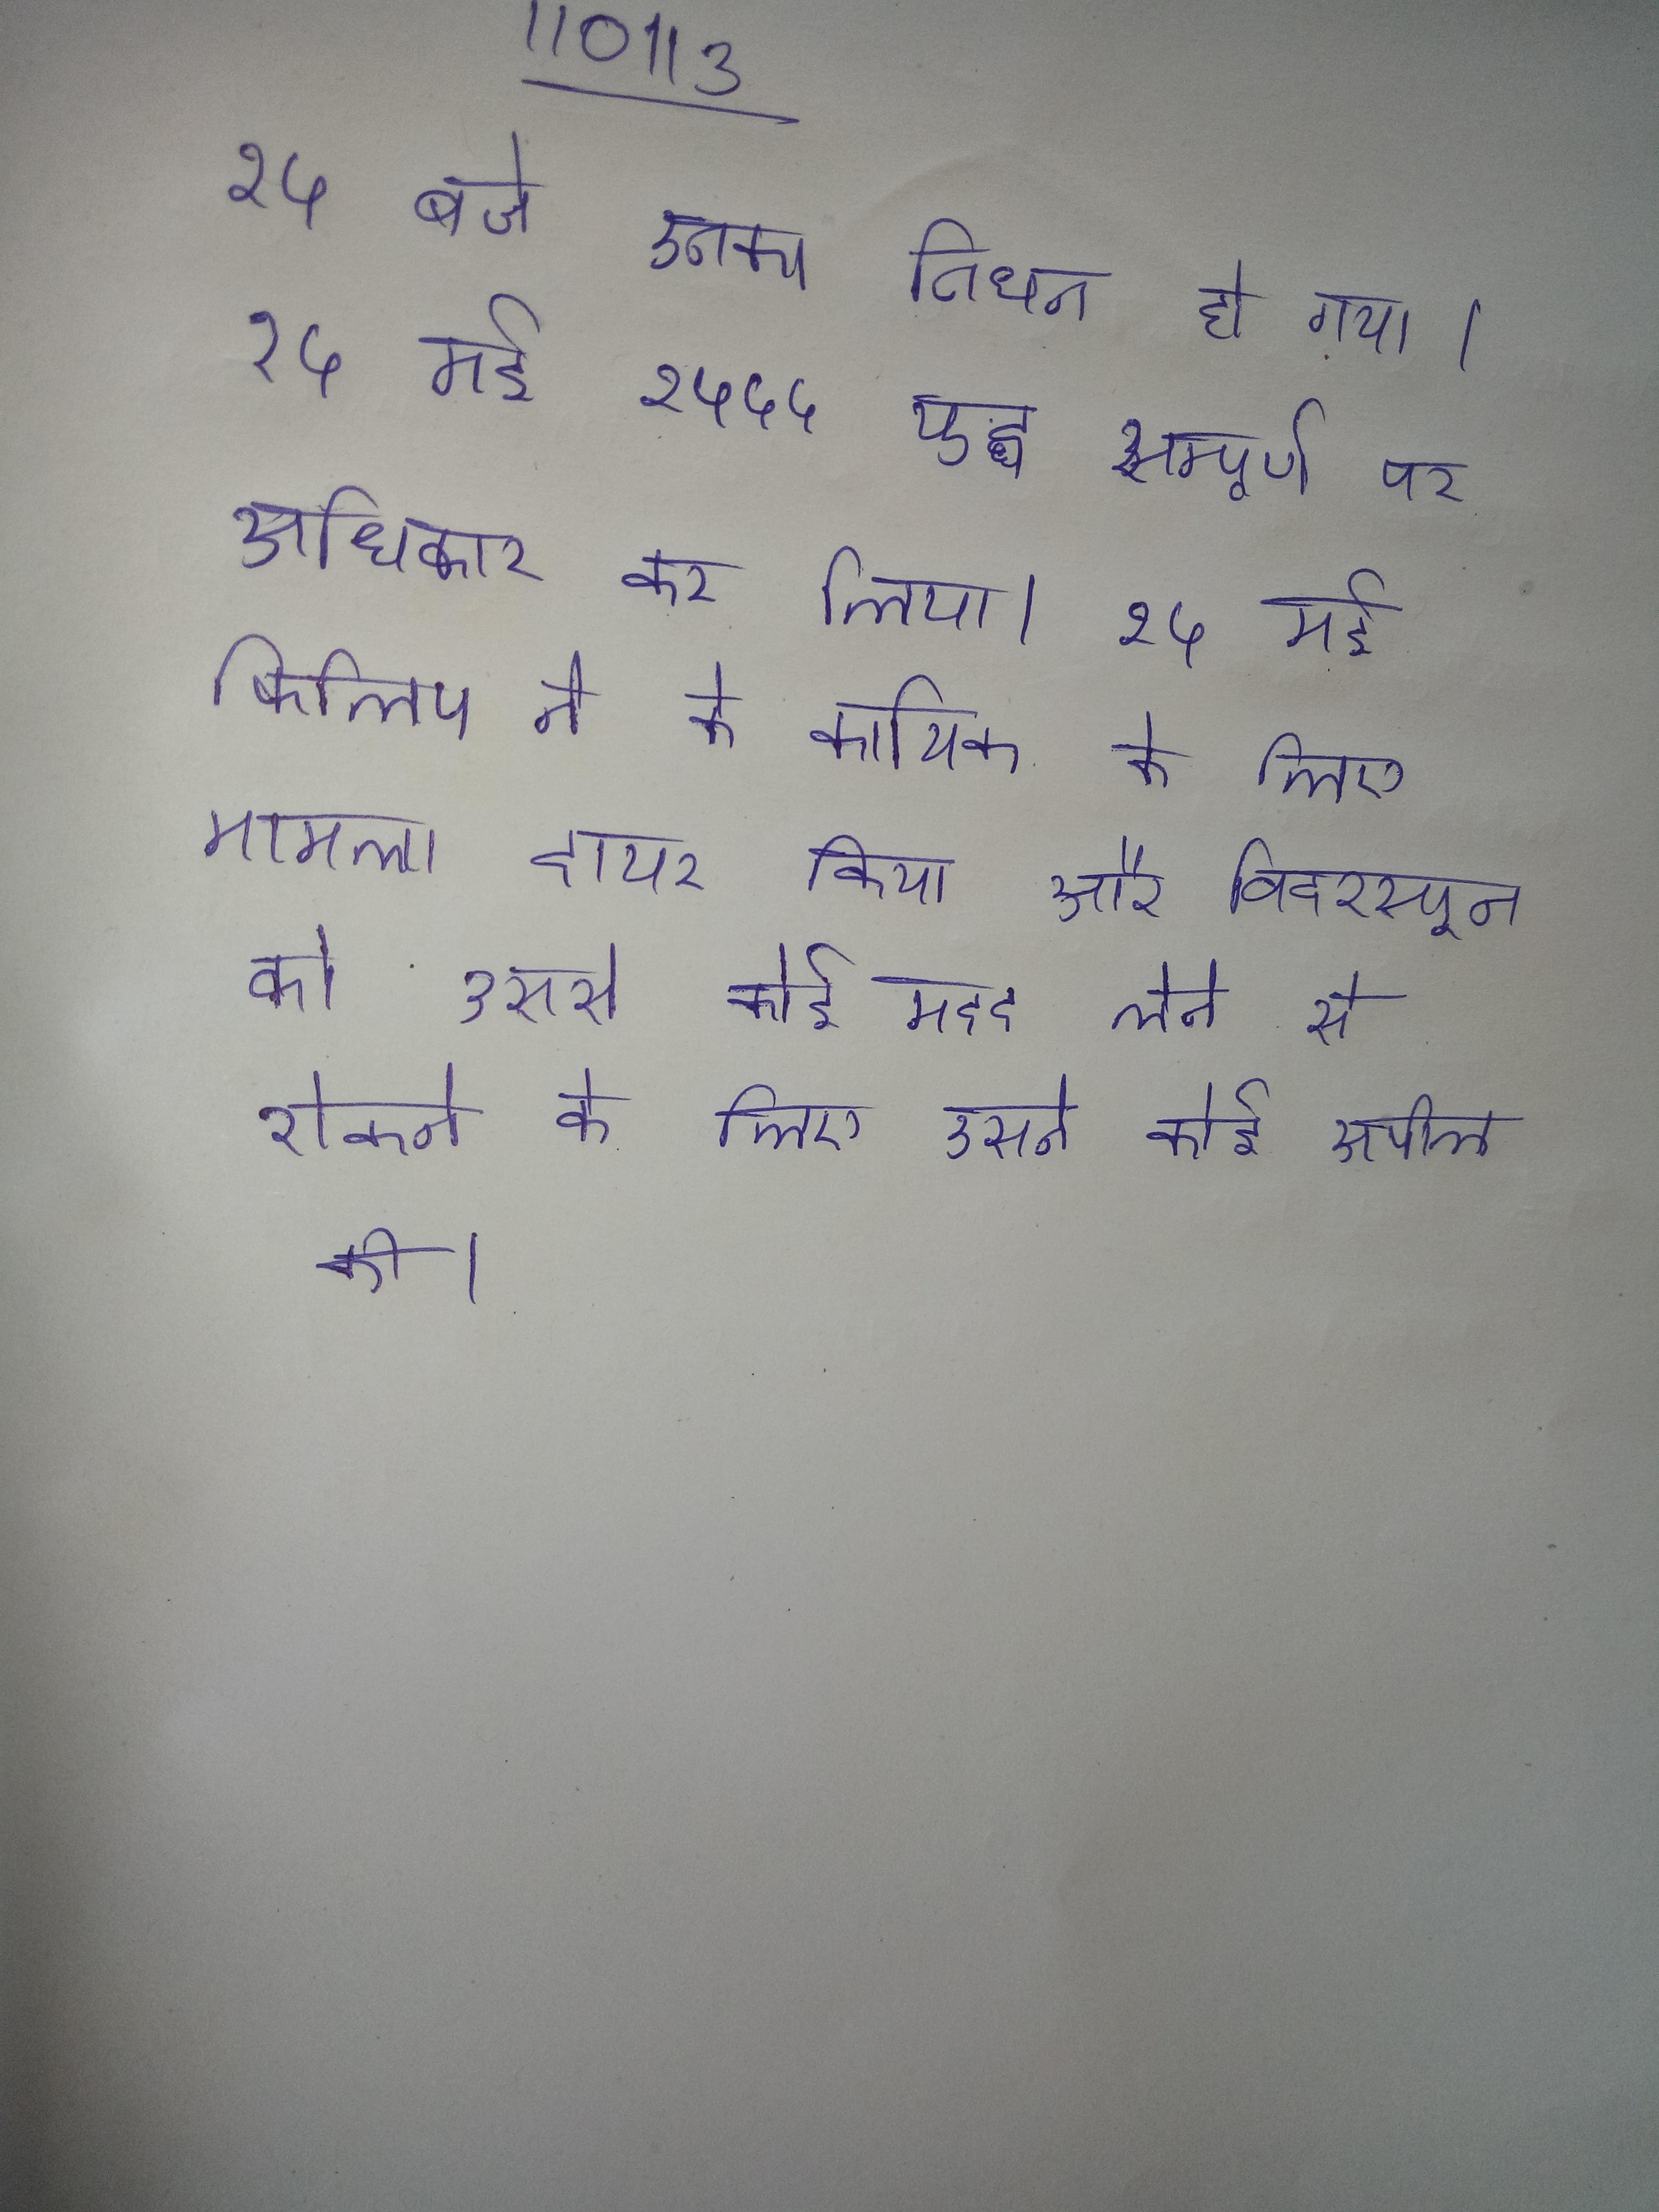
१५ बजे उनका निधन हो गया । १५ मई १५५५ युद्ध सम्पूर्ण पर अधिकार कर लिया । १५ मई फिलिप ने के कायिक के लिए मामला दायर किया और विदरस्पून को उससे कोई मदद लेने से रोकने के लिए उसने कोई अपील की ।